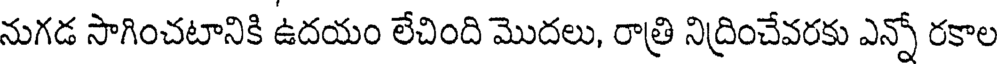
నుగడ సాగించటానికి ఉదయం లేచింది మొదలు, రాత్రి నిద్రించేవరకు ఎన్నో రకాల